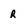
Character: r